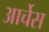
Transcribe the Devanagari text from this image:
आर्चेस